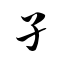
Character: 孑